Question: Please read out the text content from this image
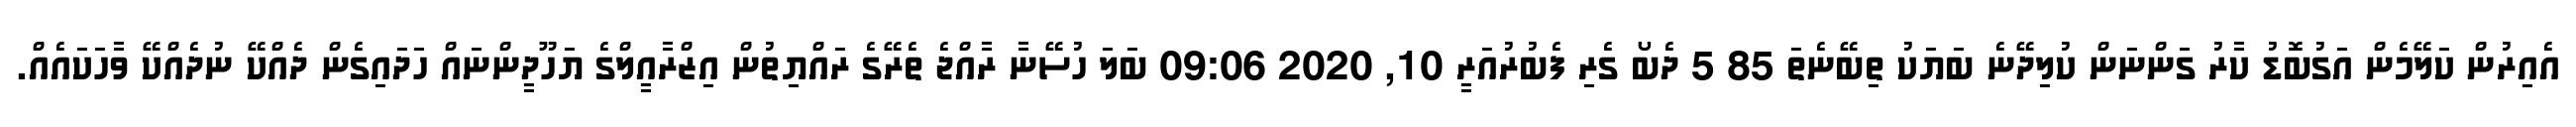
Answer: އެއިރުން ކަލޭމެން އަގުބޮޑު ކާރު ގަންނަން ކުލިދޭނެ ބަޔަކު ތިބޭނެތަ 85 5 ދެބޯ ގެރި ފެބުރުއަރީ 10, 2020 09:06 ބަލަ ހުސޭނާ ރާއްޖެ ތެރޭގެ ރައްޔިތުން އިޒްރާއީލްގެ ޔަހޫދީންނައް ހަދައިގެން ދެއްކޭ ނުދެއްކޭ ވާހަކައެއް.